Medical and sanitary report of the native army of Madras for the year
Year: 1875
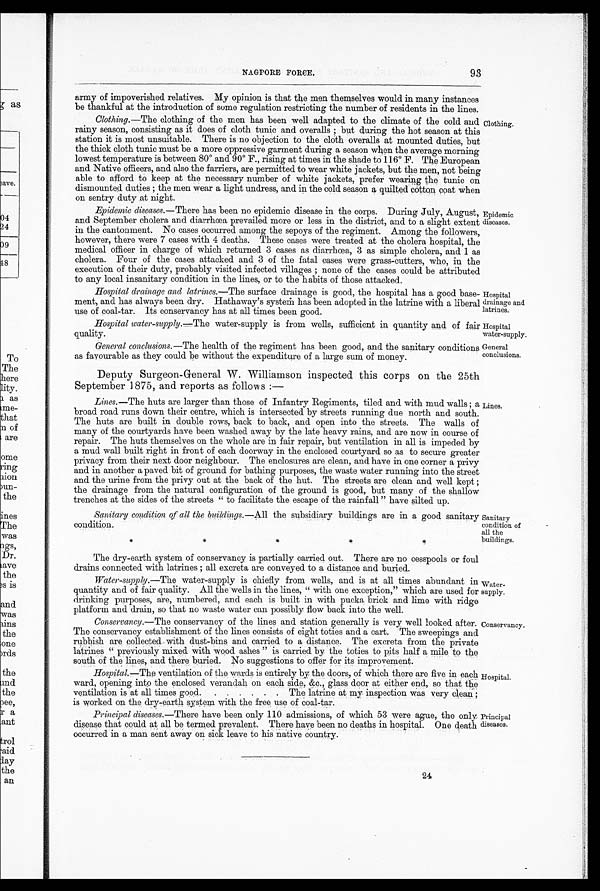
Hospital
water-supply.
General
conclusions.
93
NAGPORE FORCE.
army of impoverished relatives. My opinion is that the men themselves would in many instances
be thankful at the introduction of some regulation restricting the number of residents in the lines.
Clothing.—The clothing of the men has been well adapted to the climate of the cold and
rainy season, consisting as it does of cloth tunic and overalls; but during the hot season at this
station it is most unsuitable. There is no objection to the cloth overalls at mounted duties, but
the thick cloth tunic must be a more oppressive garment during a season when the average morning
lowest temperature is between 80° and 90° F., rising at times in the shade to 116° F. The European
and Native officers, and also the farriers, are permitted to wear white jackets, but the men, not being
able to afford to keep at the necessary number of white jackets, prefer wearing the tunic on
dismounted duties; the men wear a light undress, and in the cold season a quilted cotton coat when
on sentry duty at night.
Clothing.
Epidemic diseases .—There has been no epidemic disease in the corps. During July, August,
and September cholera and diarrhœa prevailed more or less in the district, and to a slight extent
in the cantonment. No cases occurred among the sepoys of the regiment. Among the followers,
however, there were 7 cases with 4 deaths. These cases were treated at the cholera hospital, the
medical officer in charge of which returned 3 cases as diarrhœa, 3 as simple cholera, and 1 as
cholera. Four of the cases attacked and 3 of the fatal cases were grass-cutters, who, in the
execution of their duty, probably visited infected villages; none of the cases could be attributed
to any local insanitary condition in the lines, or to the habits of those attacked.
Hospital drainage and latrines .—The surface drainage is good, the hospital has a good base
-ment, and has always been dry. Hathaway's system has been adopted in the latrine with a liberal
use of coal-tar. Its conservancy has at all times been good.
Epidemic
diseases.
Hospital
drainage and
latrines.
Hospital water-supply .—The water-supply is from wells, sufficient in quantity and of fair
quality.
General conclusions. —The health of the regiment has been good, and the sanitary conditions
as favourable as they could be without the expenditure of a large sum of money.
Deputy Surgeon-General W. Williamson inspected this corps on the 25th
September 1875, and reports as follows:—
Lines .—The huts are larger than those of Infantry Regiments, tiled and with mud walls; a
broad road runs down their centre, which is intersected by streets running due north and south.
The huts are built in double rows, back to back, and open into the streets. The walls of
many of the courtyards have been washed away by the late heavy rains, and are now in course of
repair. The huts themselves on the whole are in fair repair, but ventilation in all is impeded by
a mud wall built right in front of each doorway in the enclosed courtyard so as to secure greater
privacy from their next door neighbour. The enclosures are clean, and have in one corner a privy
and in another a paved bit of ground for bathing purposes, the waste water running into the street
and the urine from the privy out at the back of the hut. The streets are clean and well kept;
the drainage from the natural configuration of the ground is good, but many of the shallow
trenches at the sides of the streets "to facilitate the escape of the rainfall" have silted up.
Sanitary condition of all the buildings .—All the subsidiary buildings are in a good sanitary
condition.
* * * * *
Lines.
Sanitary
condition of
all the
buildings.
The dry-earth system of conservancy is partially carried out. There are no cesspools or foul
drains connected with latrines; all excreta are conveyed to a distance and buried.
Water-supply .—The water-supply is chiefly from wells, and is at all times abundant in
quantity and of fair quality. All the wells in the lines, "with one exception," which are used for
drinking purposes, are, numbered, and each is built in with pucka brick and lime with ridge
platform and drain, so that no waste water can possibly flow back into the well.
Water- supply.
Conservancy .—The conservancy of the lines and station generally is very, well looked after.
The conservancy establishment of the lines consists of eight toties and a cart. The sweepings and
rubbish are collected with dust-bins and carried to a distance. The excreta from the private
latrines "previously mixed with wood ashes" is carried by the toties to pits half a mile to the
south of the lines, and there buried. No suggestions to offer for its improvement.
Hospital.—The ventilation of the wards is entirely by the doors, of which there are five in each
ward, opening into the enclosed verandah on each side, &c., glass door at either end, so that the
ventilation is at all times good. . .The latrine at my inspection was very clean;
is worked on the dry-earth system with the free use of coal-tar.
Principal diseases .—There have been only 110 admissions, of which 53 were ague, the only
disease that could at all be termed prevalent. There have been no deaths in hospital. One death
occurred in a man sent away on sick leave to his native country.
Conservancy.
Hospital.
Principal
diseases.
24